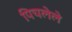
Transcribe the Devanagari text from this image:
पिचलेले